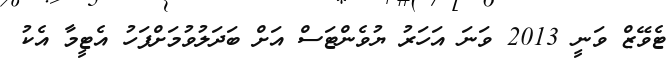
ޓެވޭޒް ވަނީ 2013 ވަނަ އަހަރު ޔުވެންޓަސް އަށް ބަދަލުވުމަށްފަހު އެޓީމާ އެކު